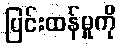
ပြင်းထန်မှုကို